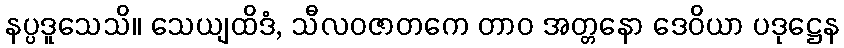
နပ္ပဒူသေသိ။ သေယျထိဒံ, သီလဝဇာတကေ တာဝ အတ္တနော ဒေဝိယာ ပဒုဋ္ဌေန